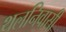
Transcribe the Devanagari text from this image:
थलनिवासी